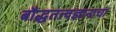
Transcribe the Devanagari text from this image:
बौद्धतत्त्वज्ञानाचा